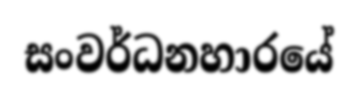
සංවර්ධනහාරයේ